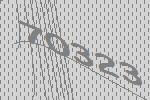
70323